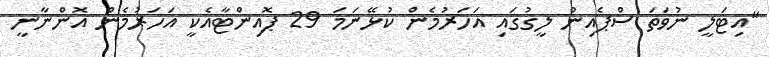
"އިޓަލީ ނުވަތަ ސްޕެއިން ލީގުގައި އަހަރުމެން ކުޅޭނަމަ 29 ޕޮއިންޓާއެކީ އަހަރުމެން އޮންނާނީ